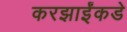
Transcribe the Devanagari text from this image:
करझाईंकडे